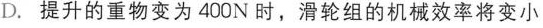
D.提升的重物变为400N时，滑轮组的机械效率将变小